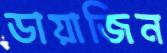
ডায়াজিন